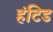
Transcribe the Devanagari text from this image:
हंटिड